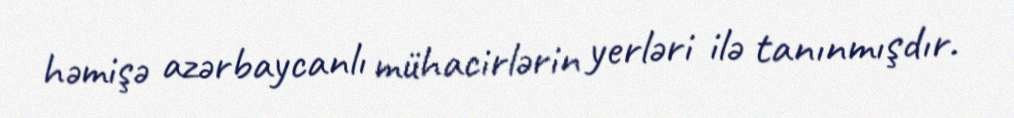
həmişə azərbaycanlı mühacirlərin yerləri ilə tanınmışdır.